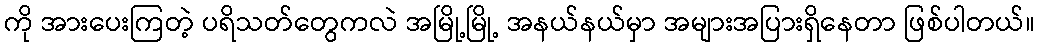
ကို အားပေးကြတဲ့ ပရိသတ်တွေကလဲ အမြို့မြို့ အနယ်နယ်မှာ အများအပြားရှိနေတာ ဖြစ်ပါတယ်။